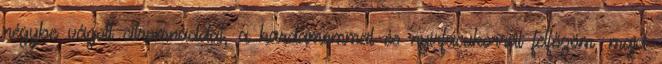
négybe vágott citromnáddal, a kardamommal és nyírfacukorral felfőzöm, majd